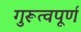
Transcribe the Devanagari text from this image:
गुरूत्वपूर्ण